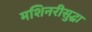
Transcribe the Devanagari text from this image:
मशिनरीसुद्धा